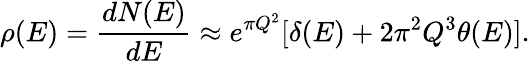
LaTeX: \rho(E)={\frac{dN(E)}{dE}}\approx e^{\pi Q^{2}}[\delta(E)+2\pi^{2}Q^{3}\theta(E)].